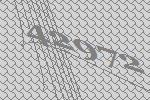
42972